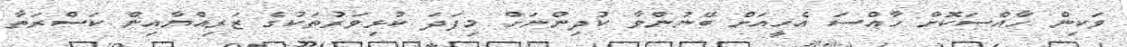
ވަކިން ހާއްސަކޮށް ހާއްސަ އެހީއަށް ބޭނުންވާ ކުދިންނަށް މިފަދަ ކުޅިވަރުތަކުގެ ޒަރިއްޔާއިން ކަސްރަތާ